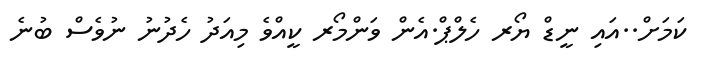
ކަމަށް..އައި ނީޑް ޔޯރ ހެލްޕް.އެން ވަންމޯރ ކީއްވެ މިއަދު ހެދުނު ނުވެސް ބުނެ